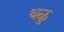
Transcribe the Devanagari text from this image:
थळु